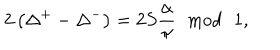
2 \left( \Delta ^ { + } - \Delta ^ { - } \right) = 2 S \frac { \alpha } { \pi } \, \, \bmod \, \, 1 ,